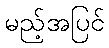
မည့်အပြင်